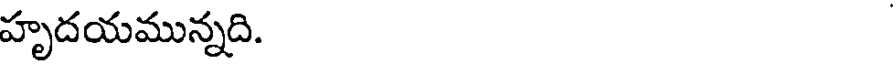
హృదయమున్నది.